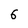
Character: 6